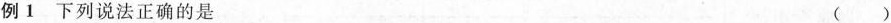
例1 下列说法正确的是 ( )